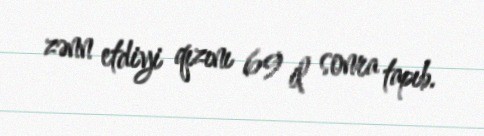
zənn etdiyi qızını 69 il sonra tapıb.